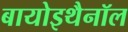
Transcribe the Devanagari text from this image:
बायोइथैनॉल